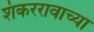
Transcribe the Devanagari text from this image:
शंकररावाच्या